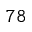
^ { 7 8 }